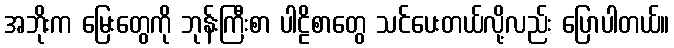
အဘိုးက မြေးတွေကို ဘုန်းကြီးစာ ပါဠိစာတွေ သင်ပေးတယ်လို့လည်း ပြောပါတယ်။